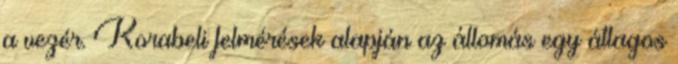
a vezér. Korabeli felmérések alapján az állomás egy átlagos